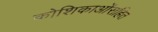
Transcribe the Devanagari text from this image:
कोशिकाओंसहित